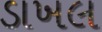
ડાખલ